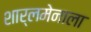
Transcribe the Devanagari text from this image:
शार्लमेनाला